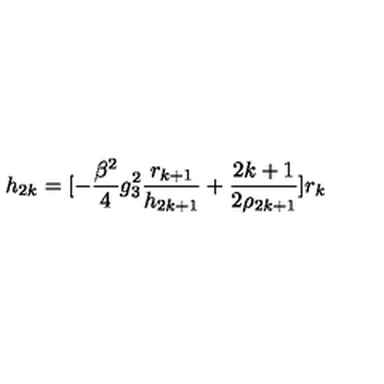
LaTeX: h _ { 2 k } = [ - \frac { \beta ^ { 2 } } { 4 } g _ { 3 } ^ { 2 } \frac { r _ { k + 1 } } { h _ { 2 k + 1 } } + \frac { 2 k + 1 } { 2 \rho _ { 2 k + 1 } } ] r _ { k }